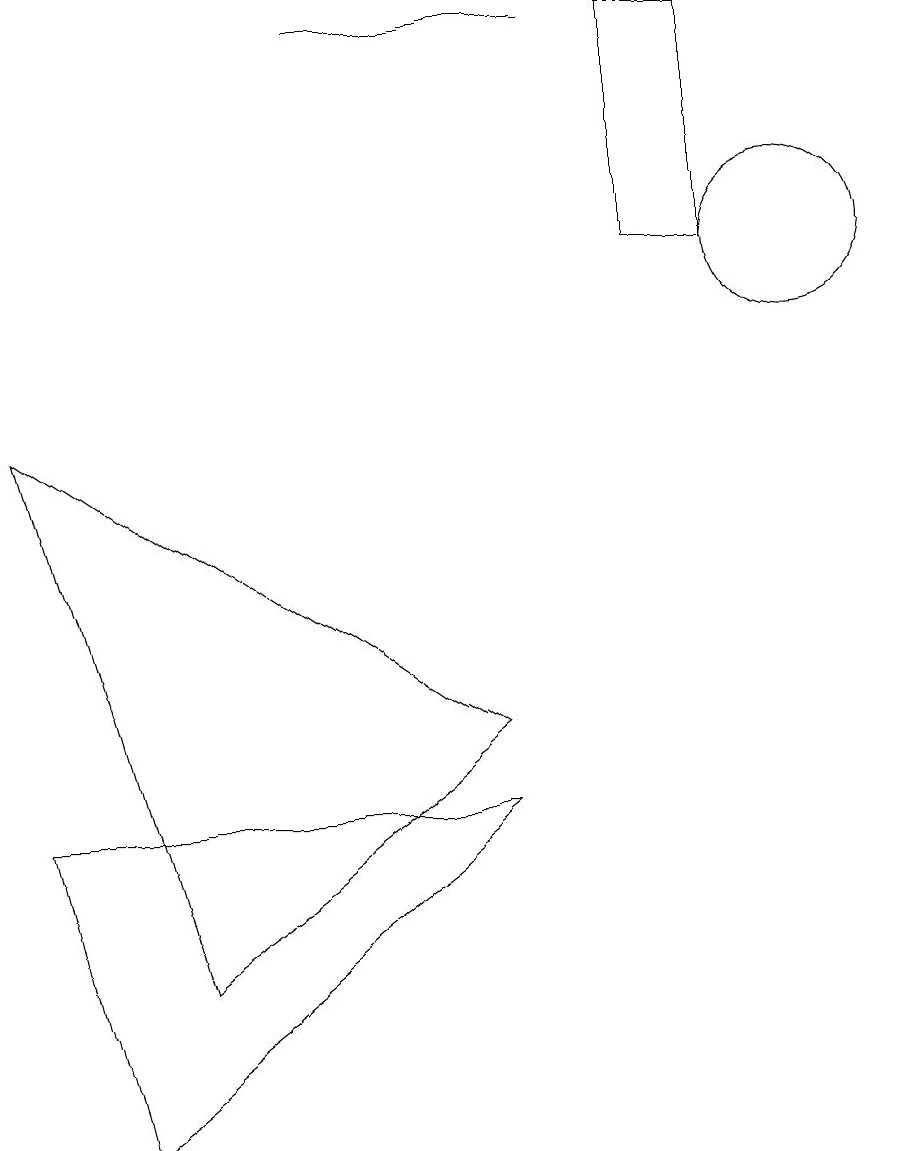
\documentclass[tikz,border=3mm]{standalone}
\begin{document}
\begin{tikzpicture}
\draw (1,0) -- (6,4) -- (0,4) -- cycle;
\draw (10,11) circle (1);
\draw (6,5) -- (2,2) -- (0,9) -- cycle;
\draw (8,14) rectangle (9,11);
\draw (4,14) rectangle (7,14);
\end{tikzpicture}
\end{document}